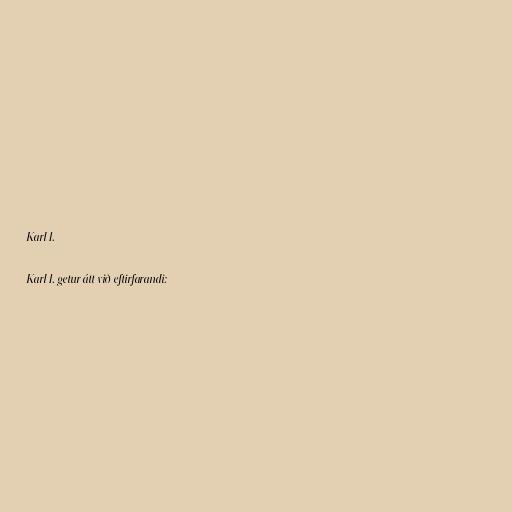
Karl 1.

Karl 1. getur átt við eftirfarandi: